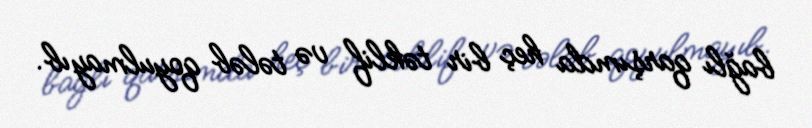
bağlı qarşımda heç bir təklif və tələb qoyulmayıb.